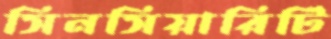
সিনসিয়ারিটি